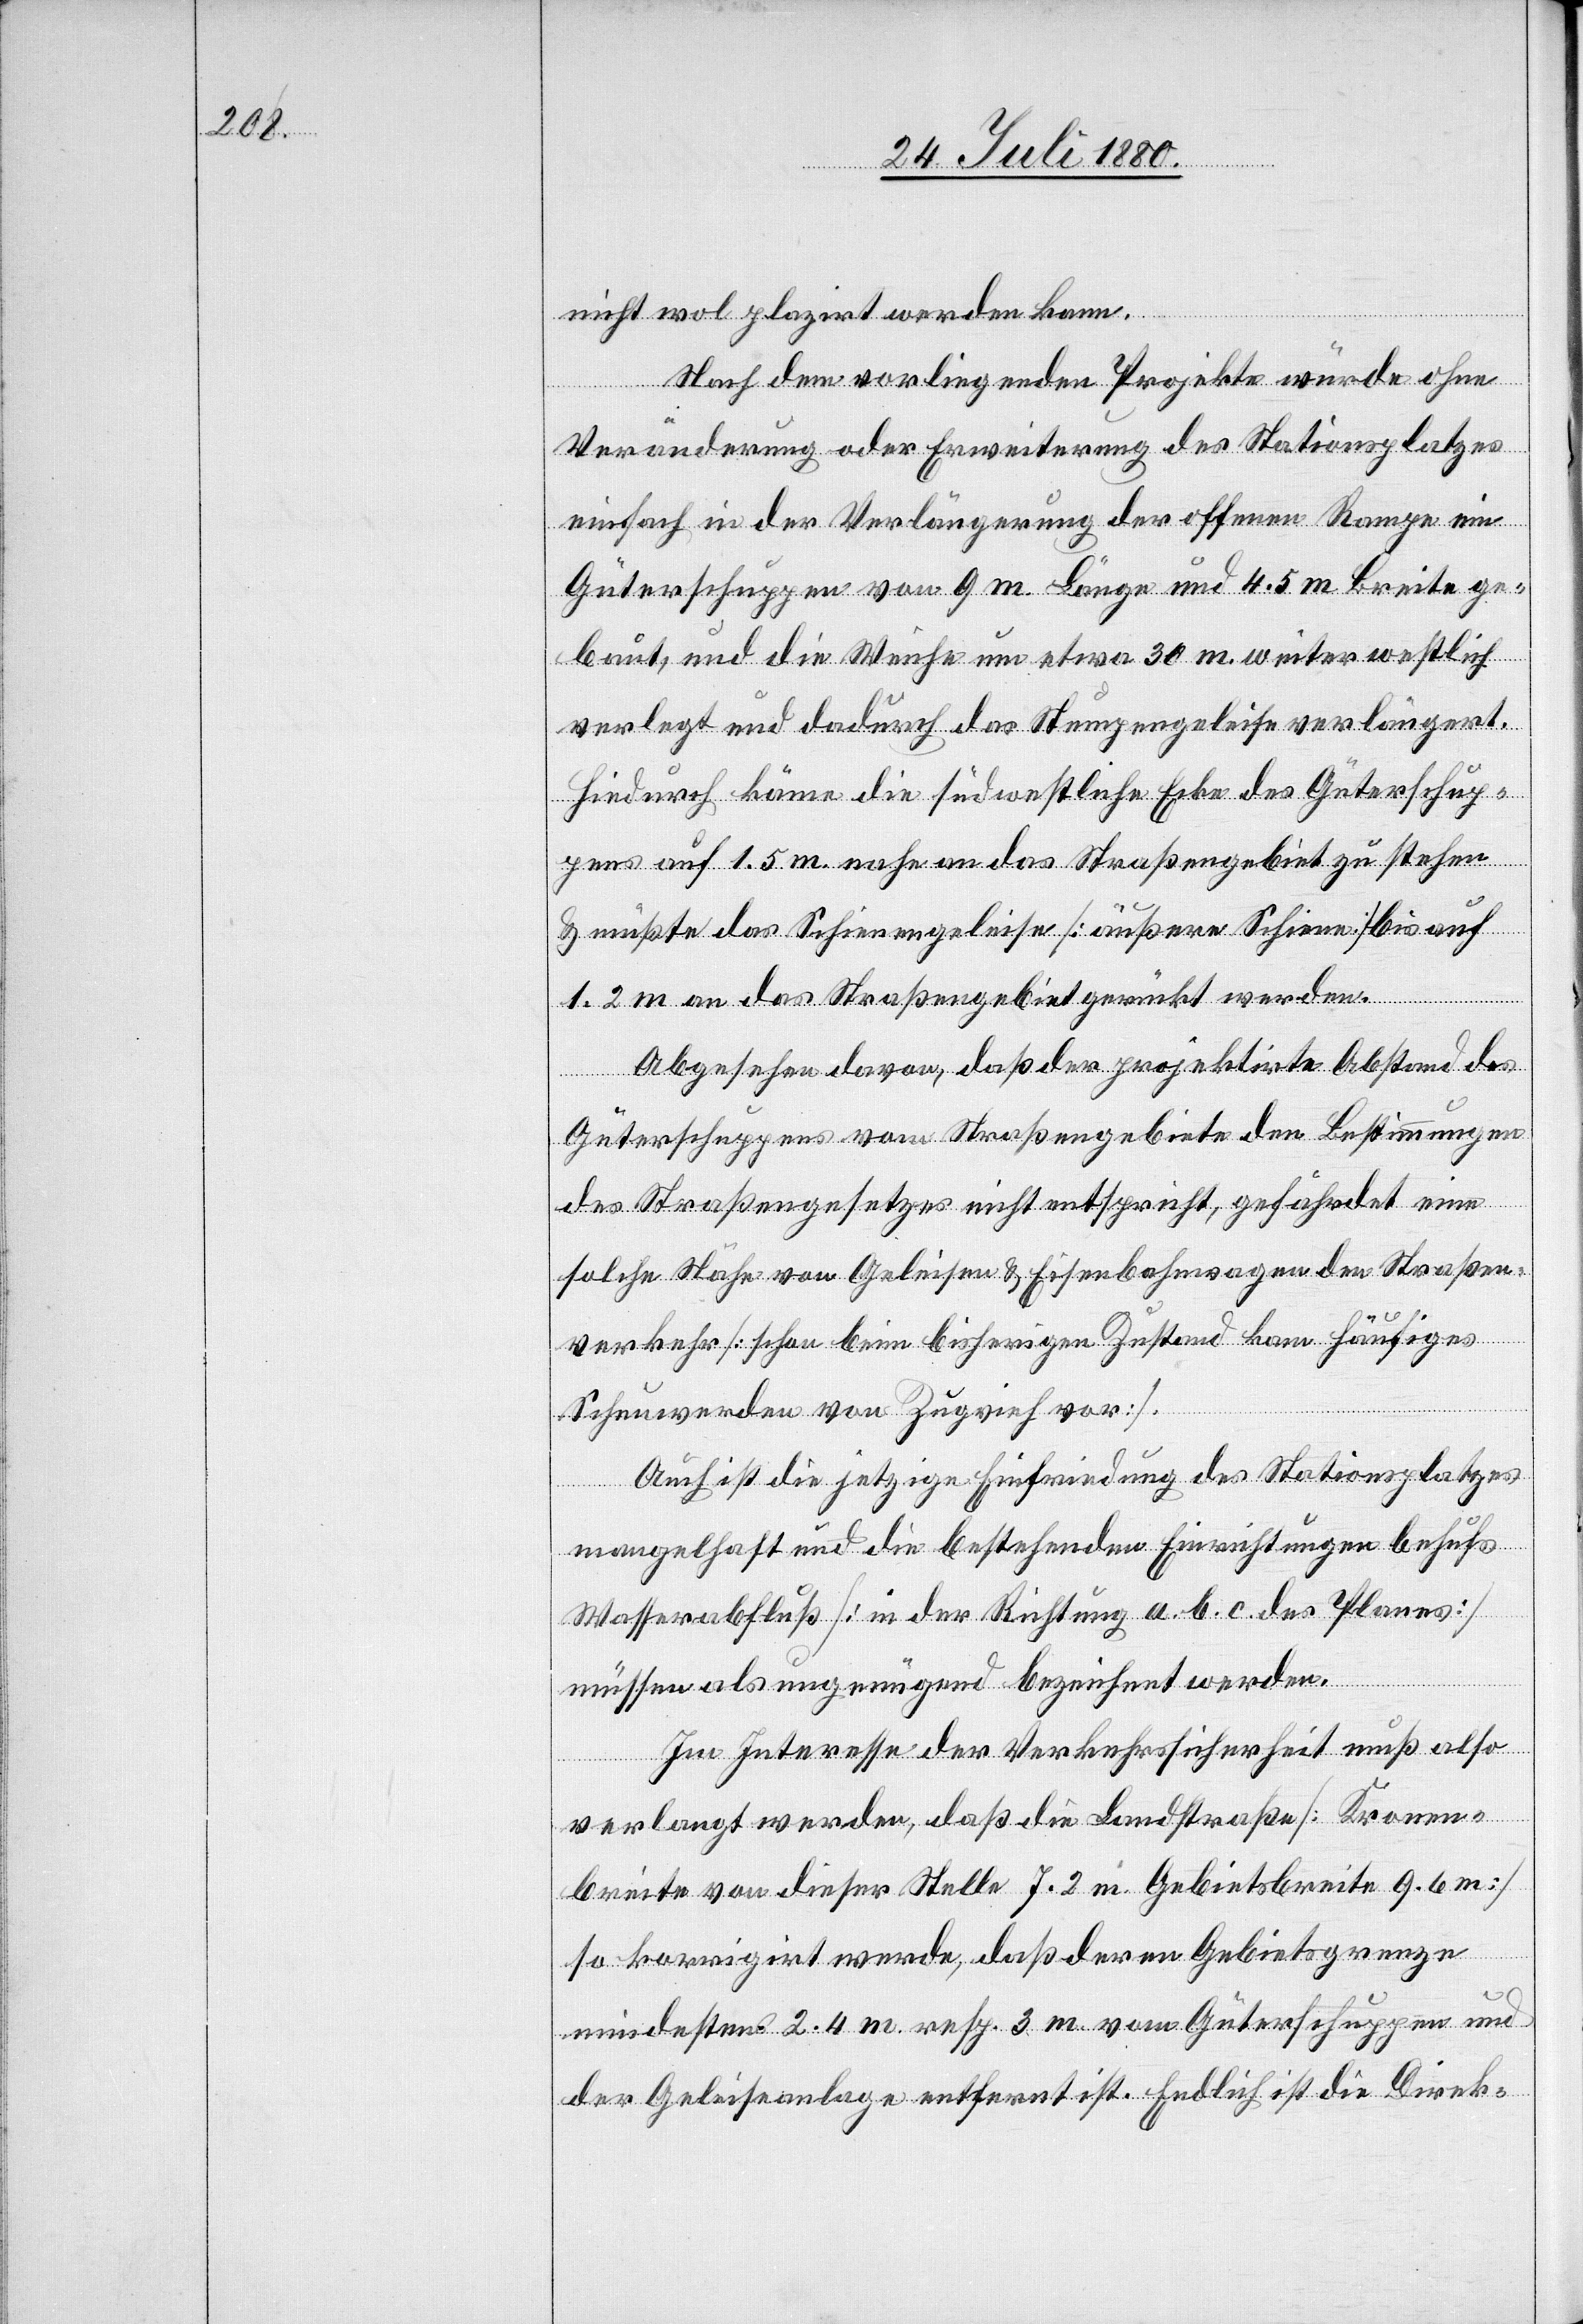
nicht wol plazirt werden kann.
Nach dem vorliegenden Projekte würde ohne
ngen
Veränderung oder Erweiterung des Stationsplatzes
einfach in der Verlängerung der offenen Rampe ein
Güterschuppen von 9 m Länge und 4.5 m Breite ge¬
baut, und die Weiche um etwa 30 m weiter westlich
verlegt und dadurch das Stumpengeleise verlängert.
Hiedurch käme die südwestliche Ecke des Güterschup¬
pens auf 1.5 m nahe an das Straßengebiet zu stehen
& müßte das Schienengeleise [äußere Schiene] bis auf
1.2 m an das Straßengebiet gerückt werden.
Abgesehen davon, daß der projektirte Abstand des
Güterschuppens vom Straßengebiete den Bestimmungen
des Straßengesetzes nicht entspricht, gefährdet eine
solche Höhe von Geleisen & Eisenbahnwagen den Straßen¬
verkehr [schon beim bisherigen Zustand kam häufiges
Scheuwerden von Zugvieh vor].
Auch ist die jetzige Einfriedung des Stationsplatzes
Bestimmu¬
mangelhaft und die bestehenden Einrichtungen behufs
Wasserabfluß [in der Richtung a. b. c. des Planes]
müssen als ungenügend bezeichnet werden.
Im Interesse der Verkehrssicherheit muß also
verlangt werden, daß die Landstraße [Kronen¬
breite von dieser Stelle 7.2 m Gebietsbreite 9.6 m]
so korrigirt werde, daß deren Gebietsgrenze
mindestens 2.4 m resp. 3 m vom Güterschuppen und
der Geleiseanlage entfernt ist. Endlich ist die Direk-